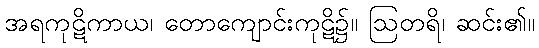
အရကုဋိကာယ၊ တောကျောင်းကုဋိ၌။ ဩတရိ၊ ဆင်း၏။